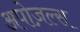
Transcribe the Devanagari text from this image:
अपोज़ल्स